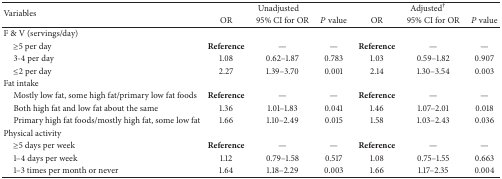
<table><thead><tr><td rowspan="2"><b>Variables</b></td><td colspan="3"><b>Unadjusted</b></td><td colspan="3"><b>Adjusted<sup>†</sup></b></td></tr><tr><td><b>OR</b></td><td><b>95% CI for OR</b></td><td><b><i>P</i> value</b></td><td><b>OR</b></td><td><b>95% CI for OR</b></td><td><b><i>P</i> value</b></td></tr></thead><tbody><tr><td>F &amp; V (servings/day)</td><td> </td><td> </td><td> </td><td> </td><td> </td><td> </td></tr><tr><td> ≥5 per day</td><td><b>Reference</b></td><td>—</td><td>—</td><td><b>Reference</b></td><td>—</td><td>—</td></tr><tr><td> 3-4 per day</td><td>1.08</td><td>0.62–1.87</td><td>0.783</td><td>1.03</td><td>0.59–1.82</td><td>0.907</td></tr><tr><td> ≤2 per day</td><td>2.27</td><td>1.39–3.70</td><td>0.001</td><td>2.14</td><td>1.30–3.54</td><td>0.003</td></tr><tr><td>Fat intake </td><td> </td><td> </td><td> </td><td> </td><td> </td><td> </td></tr><tr><td> Mostly low fat, some high fat/primary low fat foods</td><td><b>Reference</b></td><td>—</td><td>—</td><td><b>Reference</b></td><td>—</td><td>—</td></tr><tr><td> Both high fat and low fat about the same</td><td>1.36</td><td>1.01–1.83</td><td>0.041</td><td>1.46</td><td>1.07–2.01</td><td>0.018</td></tr><tr><td> Primary high fat foods/mostly high fat, some low fat</td><td>1.66</td><td>1.10–2.49</td><td>0.015</td><td>1.58</td><td>1.03–2.43</td><td>0.036</td></tr><tr><td>Physical activity</td><td> </td><td> </td><td> </td><td> </td><td> </td><td> </td></tr><tr><td> ≥5 days per week</td><td><b>Reference</b></td><td>—</td><td>—</td><td><b>Reference</b></td><td>—</td><td>—</td></tr><tr><td> 1–4 days per week</td><td>1.12</td><td>0.79–1.58</td><td>0.517</td><td>1.08</td><td>0.75–1.55</td><td>0.663</td></tr><tr><td> 1–3 times per month or never</td><td>1.64</td><td>1.18–2.29</td><td>0.003</td><td>1.66</td><td>1.17–2.35</td><td>0.004</td></tr></tbody></table>